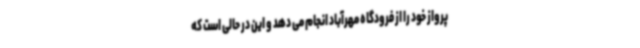
پرواز خود را از فرودگاه مهرآباد انجام می دهد و این در حالی است که